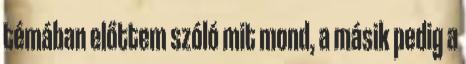
témában előttem szóló mit mond, a másik pedig a